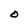
Character: O